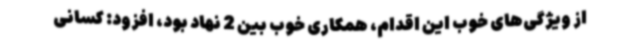
از ویژگی‌های خوب این اقدام، همکاری خوب بین 2 نهاد بود، افزود: کسانی